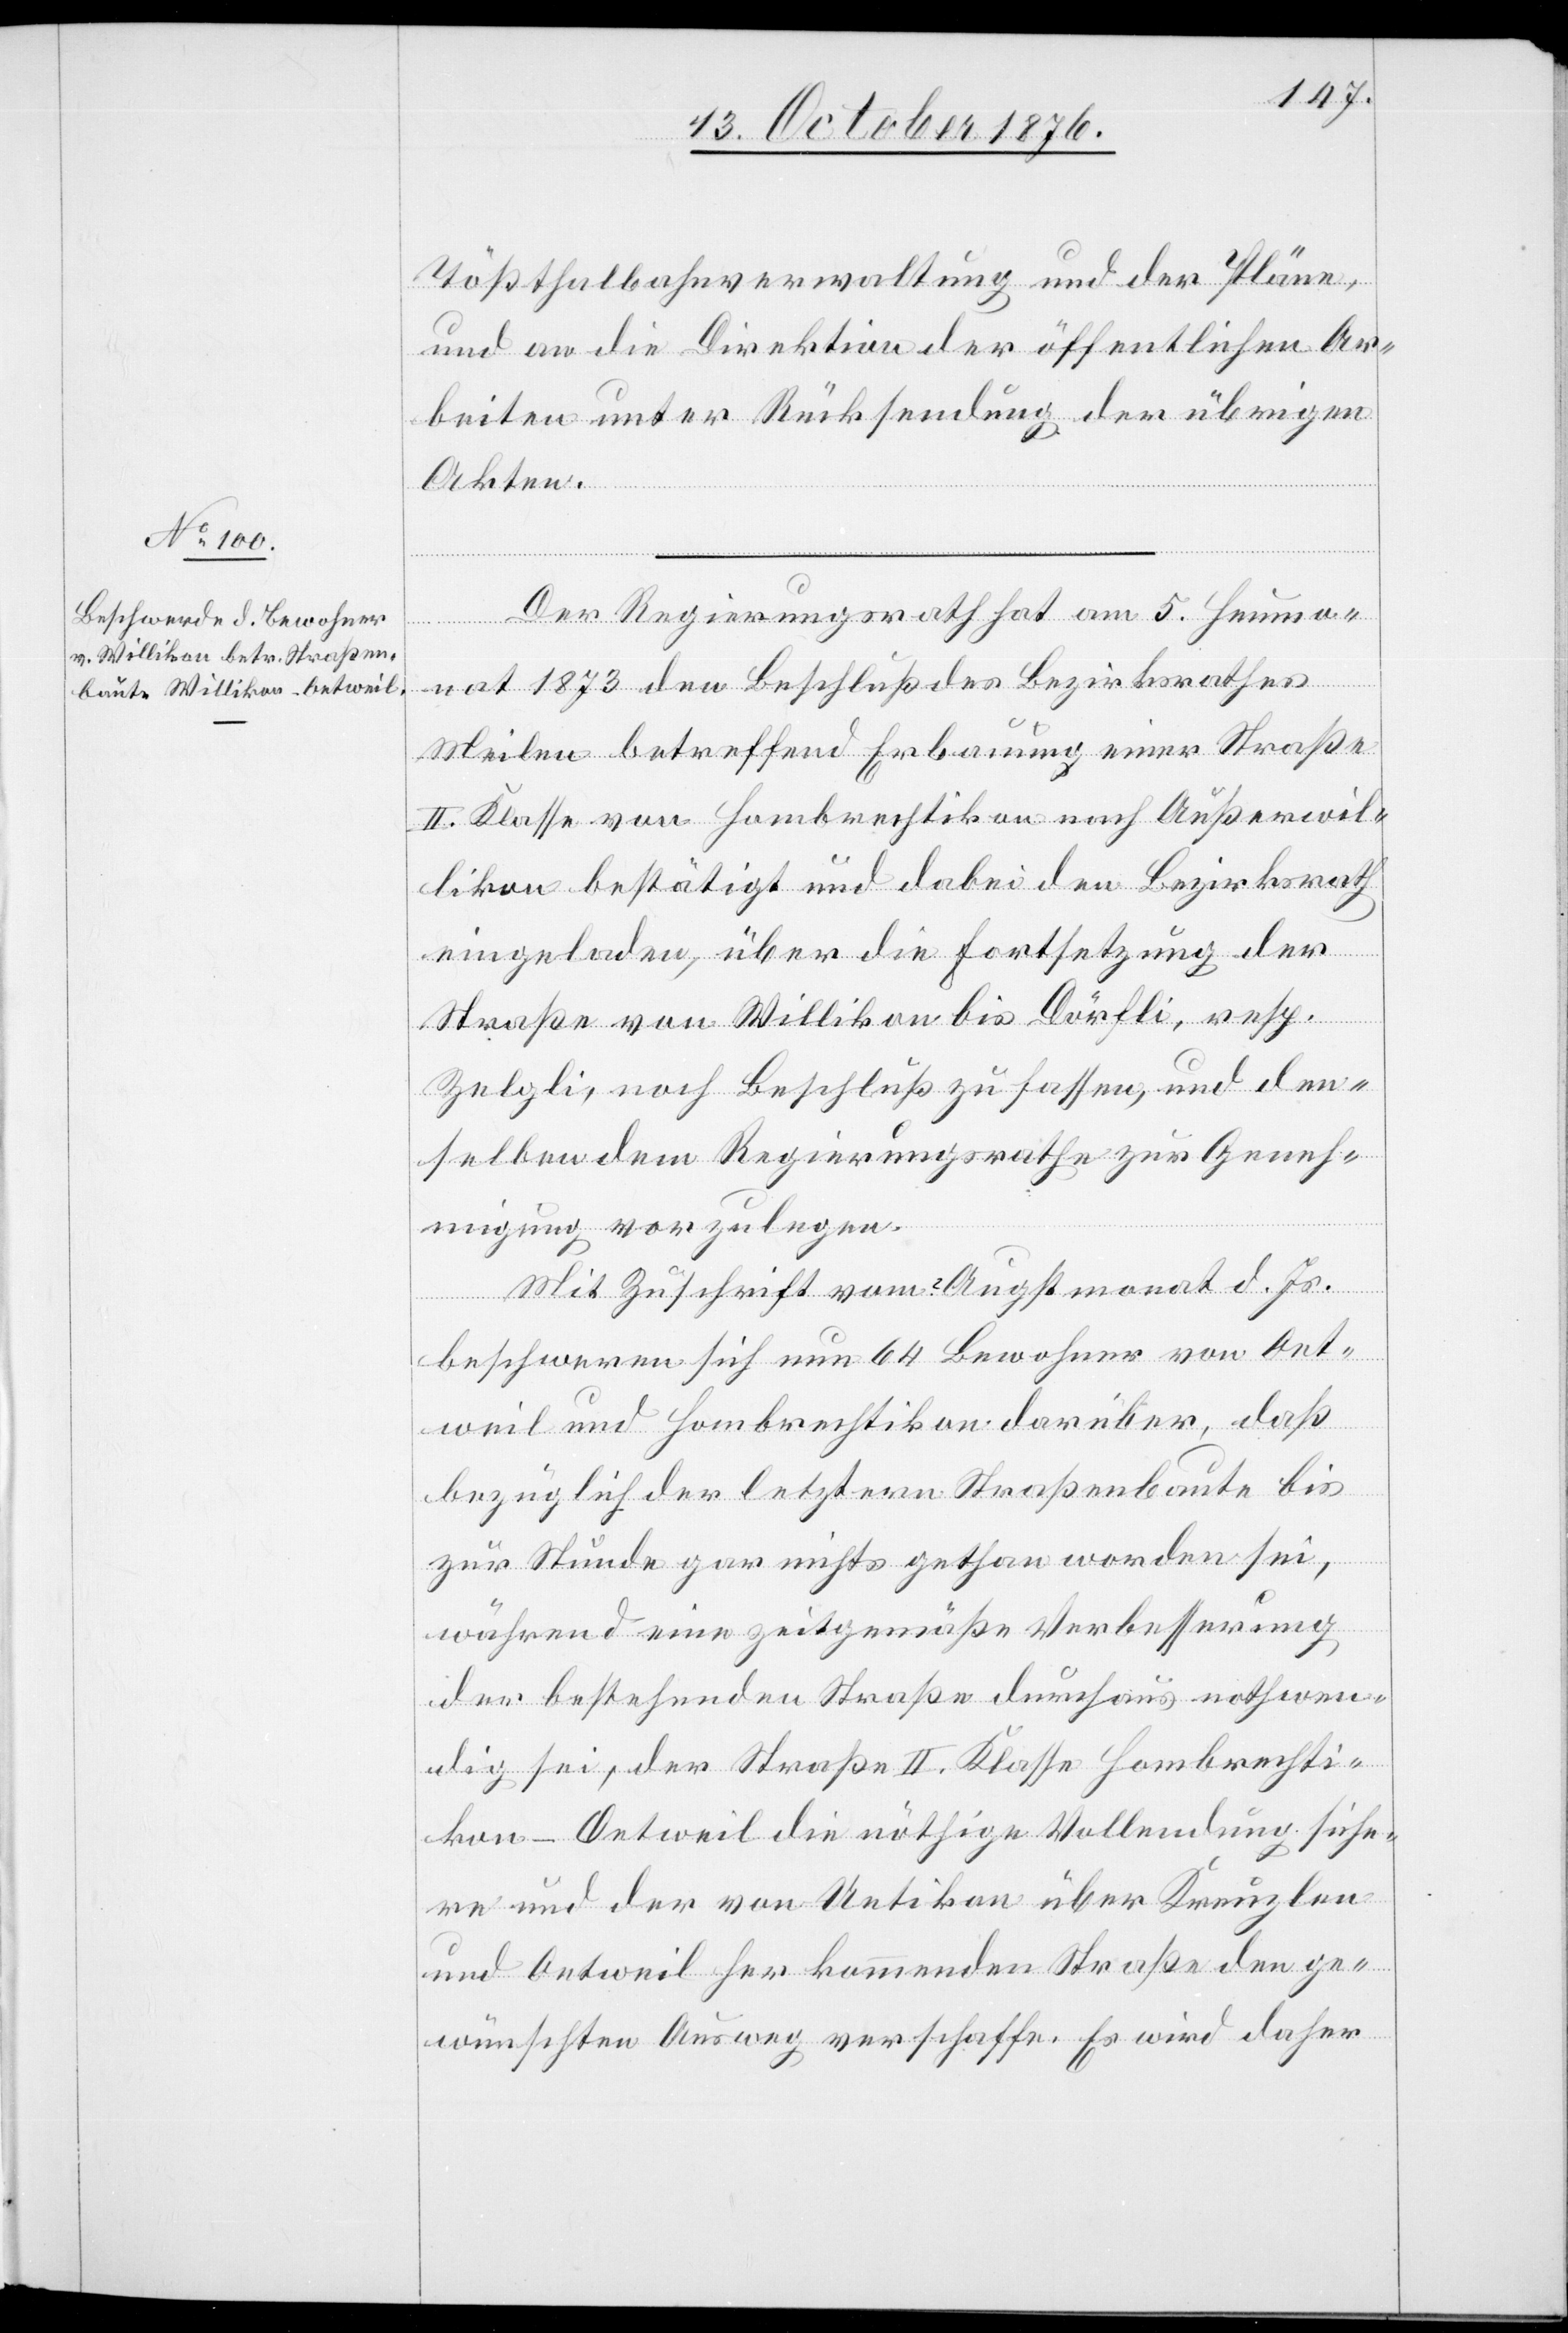
Tößthalbahnverwaltung und der Pläne,
und an die Direktion der öffentlichen Ar¬
beiten unter Rücksendung der übrigen
Akten.
Der Regierungsrath hat am 5. Heumo¬
nat 1873 den Beschluß des Bezirksrathes
Meilen betreffend Erbauung einer Straße
II. Klasse von Hombrechtikon nach Außerwil¬
likon bestätigt und dabei den Bezirksrath
eingeladen, über die Fortsetzung der
Straße von Willikon bis Dörfli, resp.
Zelgli, noch Beschluß zu fassen, und den¬
selben dem Regierungsrathe zur Geneh¬
migung vorzulegen.
Mit Zuschrift vom ? Augstmonat d. Js.
beschweren sich nun 64 Bewohner von Oet¬
weil und Hombrechtikon darüber, daß
bezüglicher der letztern Straßenbaute bis
zur Stunde gar nichts gethan worden sei,
während eine zeitgemäße Verbesserung
der bestehenden Straße durchaus nothwen¬
dig sei, der Straße II. Klasse Hombrechti¬
kon–Oetweil die nöthige Vollendung siche¬
rn und der von Uetikon über Kreuzlen
und Oetweil her kommenden Straße den ge¬
wünschten Ausweg verschaffe. Es wird daher